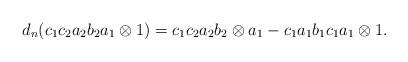
LaTeX: \begin{align*}d_n(c_1c_2a_2b_2a_1 \otimes 1) = c_1c_2a_2b_2 \otimes a_1 - c_1a_1b_1c_1a_1 \otimes 1.\end{align*}